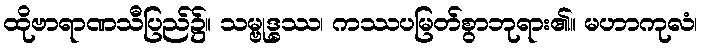
ထိုဗာရာဏသီပြည်၌။ သမ္ဗုဒ္ဓဿ၊ ကဿပမြတ်စွာဘုရား၏။ မဟာကုလံ၊